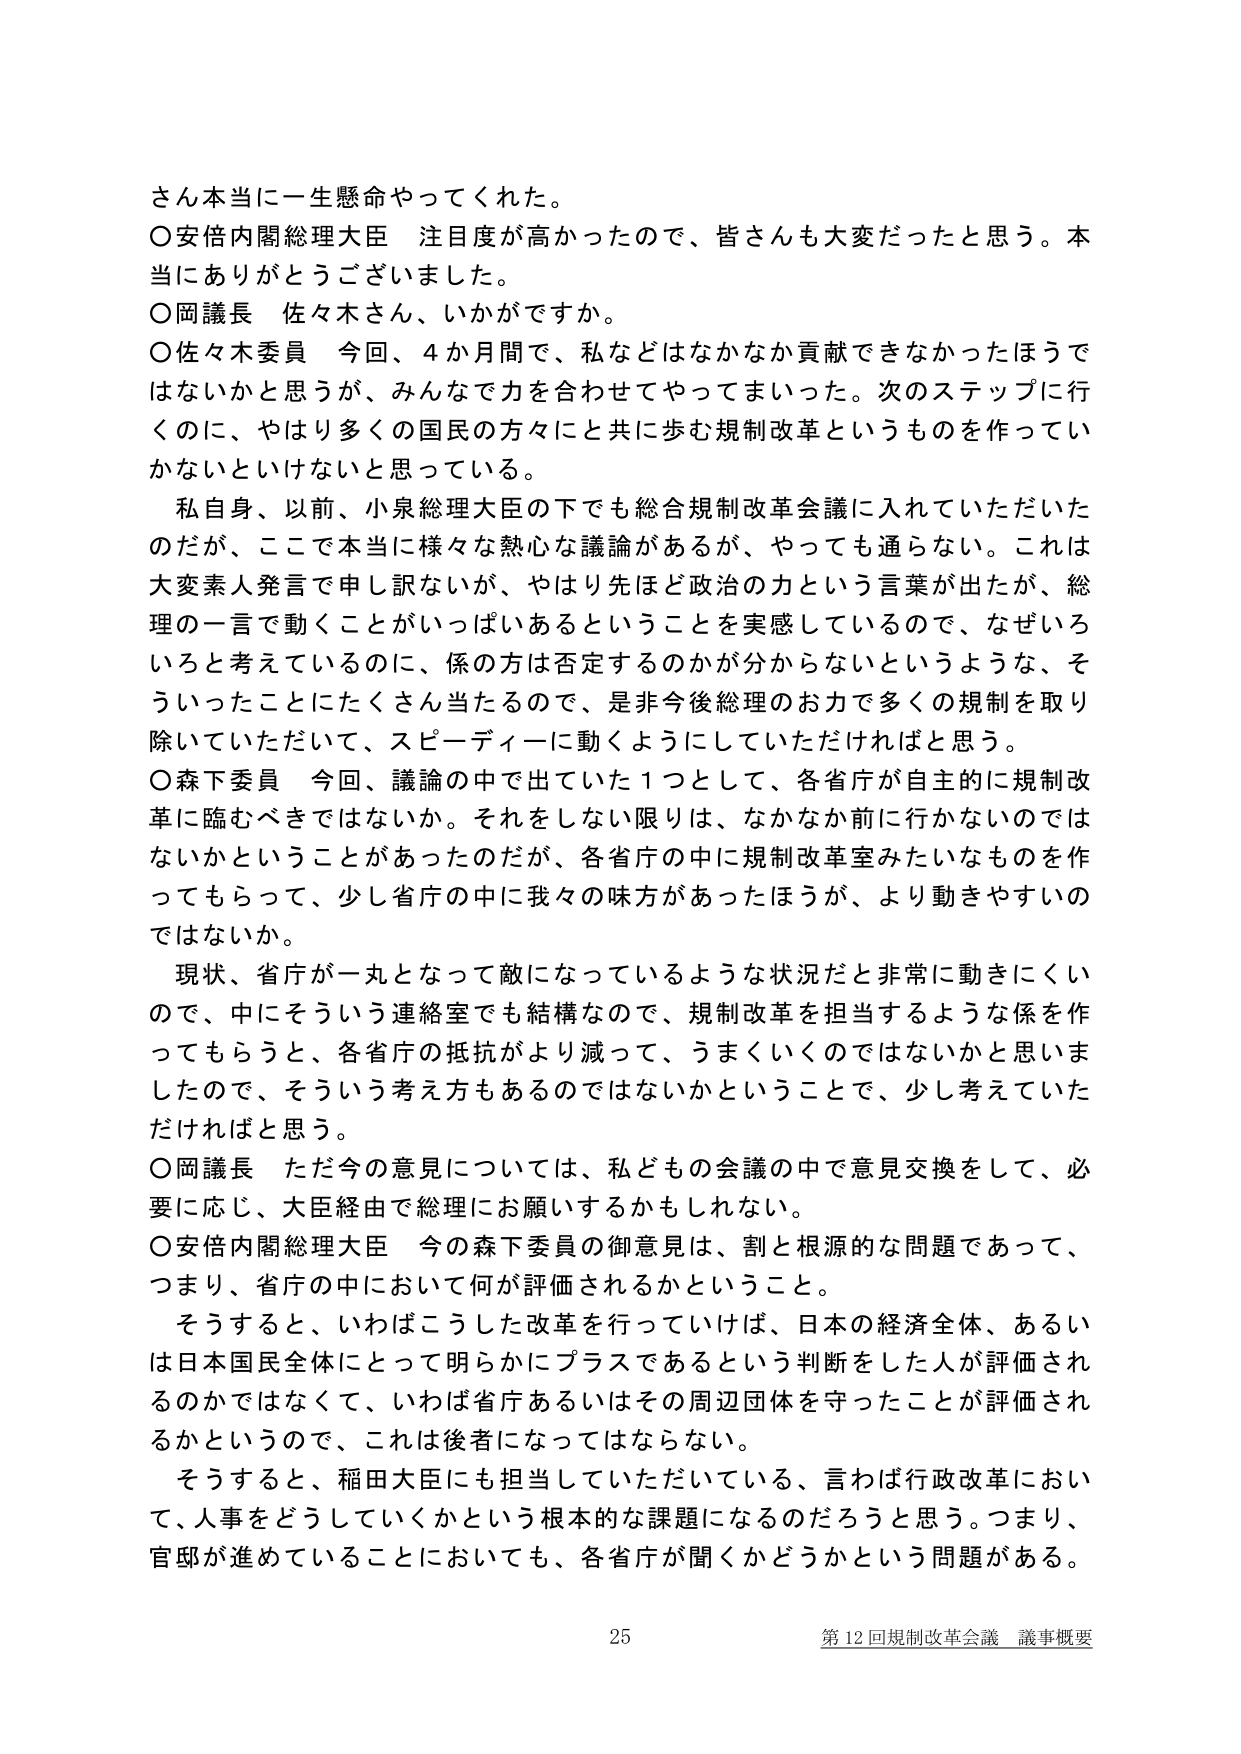
さん本当に一生懸命やってくれた。
○安倍内閣総理大臣　注目度が高かったので、皆さんも大変だったと思う。本当にありがとうございました。
○岡議長　佐々木さん、いかがですか。
○佐々木委員　今回、4か月間で、私などはなかなか貢献できなかったほうではないかと思うが、みんなで力を合わせてやってまいった。次のステップに行くのに、やはり多くの国民の方々にと共に歩む規制改革というものを作っていかないといけないと思っている。
　私自身、以前、小泉総理大臣の下でも総合規制改革会議に入れていただいたのだが、ここで本当に様々な熱心な議論があるが、やっても通らない。これは大変素人発言で申し訳ないが、やはり先ほど政治の力という言葉が出たが、総理の一言で動くことがいっぱいあるということを実感しているので、なぜいろいろと考えているのに、係の方は否定するのかが分からないというような、そういったことにたくさん当たるので、是非今後総理のお力で多くの規制を取り除いていただいて、スピーディーに動くようにしていただければと思う。
○森下委員　今回、議論の中で出ていた1つとして、各省庁が自主的に規制改革に臨むべきではないか。それをしない限りは、なかなか前に行かないのではないかということがあったのだが、各省庁の中に規制改革室みたいなものを作ってもらって、少し省庁の中に我々の味方があったほうが、より動きやすいのではないか。
　現状、省庁が一丸となって敵になっているような状況だと非常に動きにくいので、中にそういう連絡室でも結構なので、規制改革を担当するような係を作ってもらうと、各省庁の抵抗がより減って、うまくいくのではないかと思いましたので、そういう考え方もあるのではないかということで、少し考えていただければと思う。
○岡議長　ただ今の意見については、私どもの会議の中で意見交換をして、必要に応じ、大臣経由で総理にお願いするかもしれない。
○安倍内閣総理大臣　今の森下委員の御意見は、割と根源的な問題であって、つまり、省庁の中において何が評価されるかということ。
　そうすると、いわばこうした改革を行っていけば、日本の経済全体、あるいは日本国民全体にとって明らかにプラスであるという判断をした人が評価されるのかではなくて、いわば省庁あるいはその周辺団体を守ったことが評価されるかということで、これは後者になってはならない。
　そうすると、稲田大臣にも担当していただいている、言わば行政改革において、人事をどうしていくかという根本的な課題になるのだろうと思う。つまり、官邸が進めていることにおいても、各省庁が聞くかどうかという問題がある。

25
第12回規制改革会議 議事概要